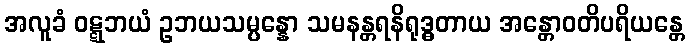
အလူခံ ဝဋ္ဋဘယံ ဥဘယသမ္ပန္နော သမနန္တရနိရုဒ္ဓတာယ အန္တောဝတိပရိယန္တေ